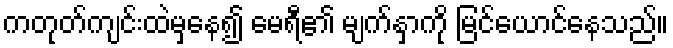
ကတုတ်ကျင်းထဲမှနေ၍ မေရီ၏ မျက်နှာကို မြင်ယောင်နေသည်။